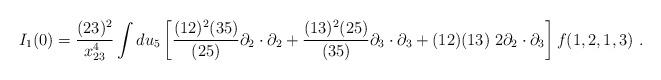
LaTeX: \begin{align*} I_1(0) = {(23)^2\over x^4_{23}} \int du_5 \left[ {(12)^2(35)\over (25)}\partial_2\cdot\partial_2 + {(13)^2(25)\over (35)}\partial_3\cdot\partial_3 + (12)(13)\; 2\partial_2\cdot\partial_3 \right]f(1,2,1,3) \ .\end{align*}